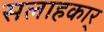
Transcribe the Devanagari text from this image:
सलाहकार्